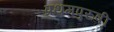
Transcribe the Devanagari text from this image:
प्रथमपुरुषी